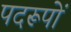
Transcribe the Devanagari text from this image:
पदरूपों